Annual report on vaccination in Mysore, 1879-1880 - 1879-1880
Year: 1879
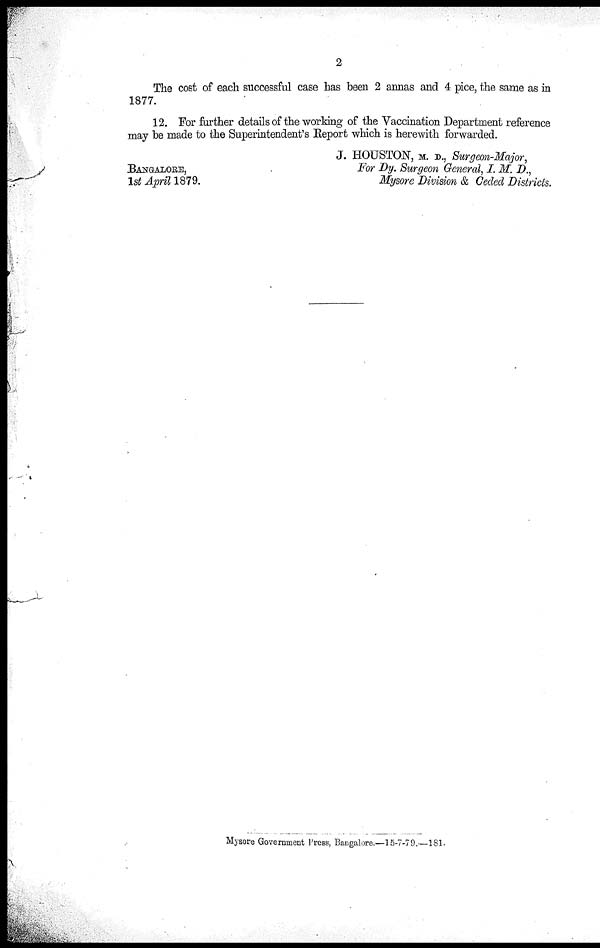
2
The cost of each successful case has been 2 annas and 4 pice, the same as in
1877.
12. For further details of the working of the Vaccination Department reference
may be made to the Superintendent's Report which is herewith forwarded.
J. HOUSTON, M. D., Surgeon-Major,
For Dy. Surgeon General, I. M. D.,
Mysore Division & Ceded Districts.
BANGALORE,
14 April 1879.
Mysore Government Press, Bangalore.—15-7-79.—181.